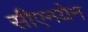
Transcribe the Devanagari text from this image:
सीएनयेन